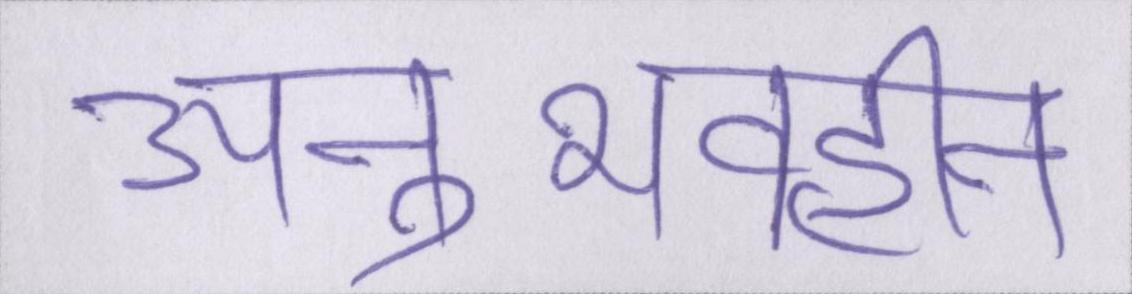
अनुभवहीन